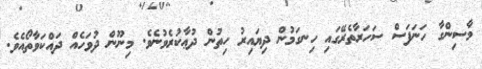
މާސިންގާ ހަނަފަސް ސަހަރާތެރޭގައި ހިނގަމުން ދިޔައިރު ހިތުން ދުޢާކުރެވުނެވެ. މިނޫން ދުވަހެއް ދައްކަވާތޯއެވެ.